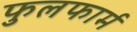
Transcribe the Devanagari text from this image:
फुलफार्म